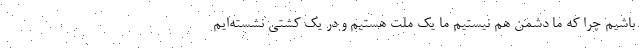
باشیم چرا که ما دشمن هم نیستیم ما یک ملت هستیم و در یک کشتی نشسته‌ایم